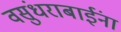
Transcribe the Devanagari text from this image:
वसुंधराबाईंना